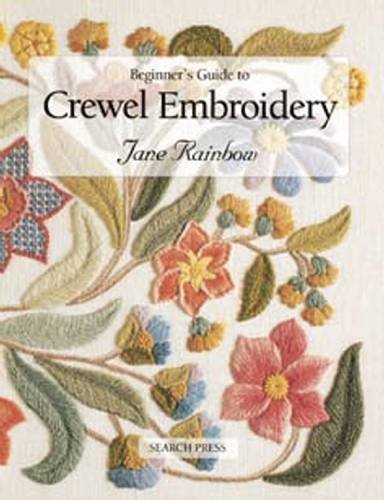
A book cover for Beginner's Guide to Crewel Embroidery (Beginner's Guide to Needlecraft); Jane Rainbow; Crafts, Hobbies & Home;